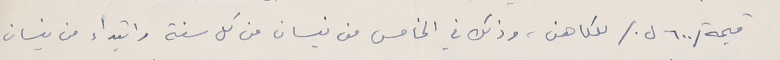
قيمة /٦٠٠ ل./ للكاهن، وذلك في الخامس من نيسان من كل سنة وابتداء من نيسان